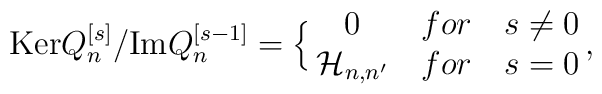
{\rm Ker} Q_n^{[s]}/{\rm Im} Q_n^{[s-1]}=\Bigl\lbrace\matrix{0&for&s\not=0\cr               {\cal H}_{n,n'}&for&s=0\cr},